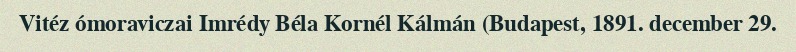
Vitéz ómoraviczai Imrédy Béla Kornél Kálmán (Budapest, 1891. december 29.